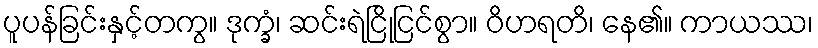
ပူပန်ခြင်းနှင့်တကွ။ ဒုက္ခံ၊ ဆင်းရဲငြိုငြင်စွာ။ ဝိဟရတိ၊ နေ၏။ ကာယဿ၊